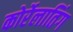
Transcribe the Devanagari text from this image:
कोर्रेलातिंग